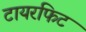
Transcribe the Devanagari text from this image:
टायरफिट